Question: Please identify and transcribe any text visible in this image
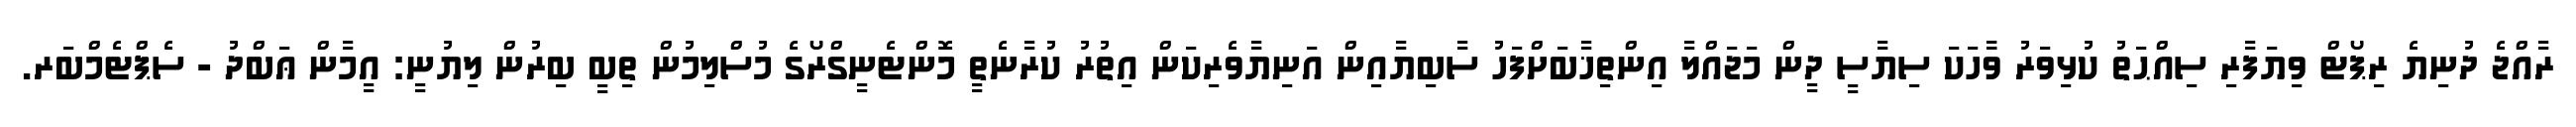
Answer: ރާއްޖެ ދުނިޔެ ރިޕޯޓް ވިޔަފާރި ސިއްޙަތު ކުޅިވަރު ވާާހަކަ ސިޔާސީ ދީން މަޖައްލާ އިންތިޚާބަށްފަހު ސާބިޔާއިން އަނިޔާވެރިކަން އިތުރު ކުރާނެތީ މޮންޓެނީގްރޯގެ މުސްލިމުން ތިބީ ބިރުން ލިޔުނީ: އީމާން ޢަބްދު - ސެޕްޓެމްބަރ.